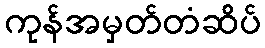
ကုန်အမှတ်တံဆိပ်